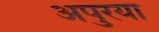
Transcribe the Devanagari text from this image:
अपुरया